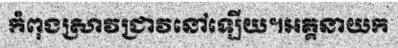
កំពុងស្រាវជ្រាវនៅឡើយ។អគ្គនាយក